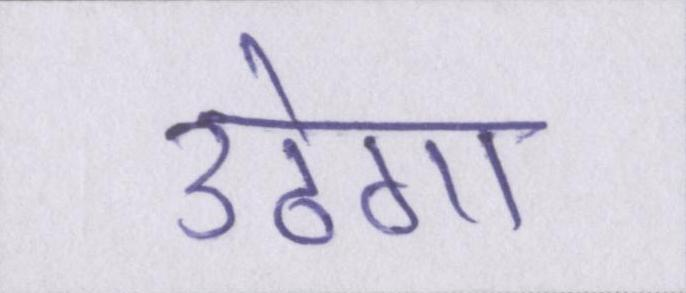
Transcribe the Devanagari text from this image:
उठेगा